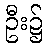
ဦး၌